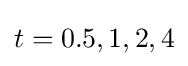
t=0.5,1,2,4